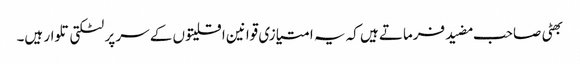
بھٹی صاحب مضید فرماتے ہیں کہ یہ امتیازی قوانین اقلیتوں کے سر پر لٹکتی تلوار ہیں۔